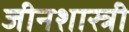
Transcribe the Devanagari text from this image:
जीनशास्त्री